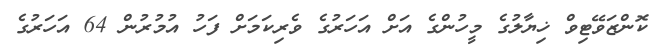
ކޮންޒަވޭޓިވް ޚިޔާލުގެ މީހުންގެ އަށް އަހަރުގެ ވެރިކަމަށް ފަހު އުމުރުން 64 އަހަރުގެ